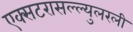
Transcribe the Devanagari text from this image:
एक्सटरासल्ल्युलरली